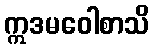
ဣဒမဝေါစာသိ